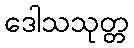
ဒေါသသုတ္တ